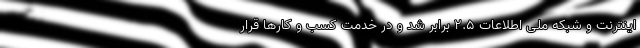
اینترنت و شبکه ملی اطلاعات ۲.۵ برابر شد و در خدمت کسب و کارها قرار